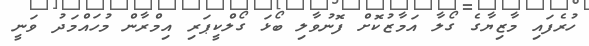
ހުރެފައި މާޒިޔާގެ ގޯލާ އަމާޒުކޮށް ފޮނުވާލި ބޯޅަ ގޯލްކީޕަރި އިމްރާން މުހައްމަދު ވަނީ